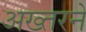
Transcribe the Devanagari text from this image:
अख्तरने